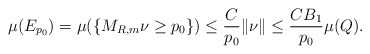
\begin{align*}\mu(E_{p_0}) = \mu(\{M_{R, m} \nu \ge p_0\}) \le \frac{C}{p_0} \|\nu\| \le \frac{CB_1}{p_0}\mu(Q).\end{align*}